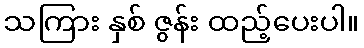
သကြား နှစ် ဇွန်း ထည့်ပေးပါ။